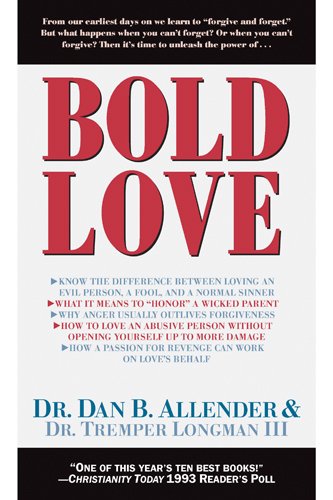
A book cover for Bold Love; Dan B Allender; Christian Books & Bibles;